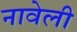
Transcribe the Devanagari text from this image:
नावेली